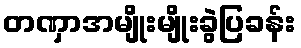
တဏှာအမျိုးမျိုးခွဲပြခန်း